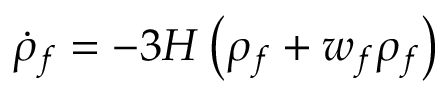
{ \dot { \rho } } _ { f } = - 3 H \left( \rho _ { f } + w _ { f } \rho _ { f } \right)